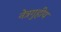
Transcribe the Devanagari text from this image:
नेत्रगुहीय